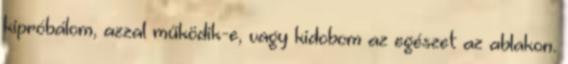
kipróbálom, azzal működik-e, vagy kidobom az egészet az ablakon.